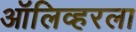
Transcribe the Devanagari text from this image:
ऑलिव्हरला